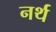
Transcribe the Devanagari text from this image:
नर्थ